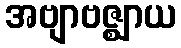
အဗျာဗဇ္ဈာယ